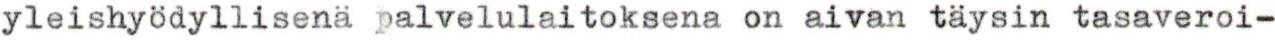
yleishyödyllisenä palvelulaitoksena on aivan täysin tasaveroi-